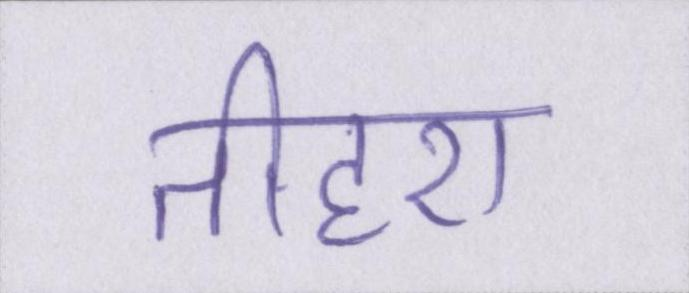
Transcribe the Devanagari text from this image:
तीहरा